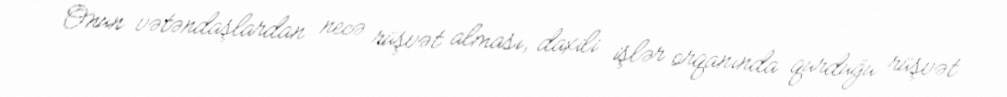
Onun vətəndaşlardan necə rüşvət alması, daxili işlər orqanında qurduğu rüşvət